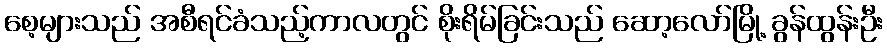
စေ့များသည် အစီရင်ခံသည့်ကာလတွင် စိုးရိမ်ခြင်းသည် ဆော့လော်မြို့ ခွန်ထွန်းဦး